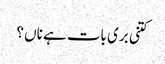
کتنی بری بات ہے ناں ؟